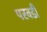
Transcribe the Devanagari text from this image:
परवडी